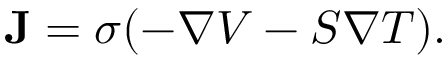
\mathbf { J } = \sigma ( - { \boldsymbol { \nabla } } V - S \nabla T ) .